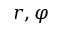
r , \varphi